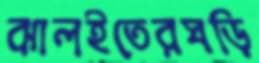
ঝালইতেরঘড়ি